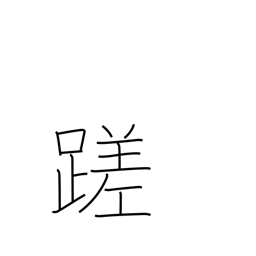
Meaning: stumble